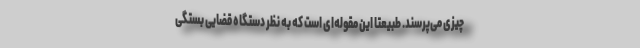
چیزی می‌پرسند. طبیعتاً این مقوله‌ای است که به نظر دستگاه قضایی بستگی